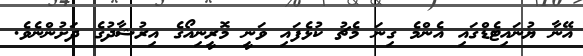
އޭނާ ޔުނައިޓެޑްގައި އެންމެ ގިނަ މެޗު ކުޅެފައި ވަނީ މޮރީނިއޯގެ އިރުޝާދުގެ ދަށުންނެވެ.